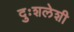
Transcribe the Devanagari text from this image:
दुःशलेशी